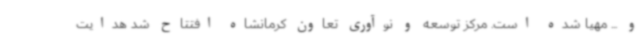
و ... مهیا شده است. مرکز توسعه و نوآوری تعاون کرمانشاه افتتاح شد هدایت